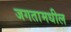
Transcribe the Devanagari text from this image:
जगतामधील